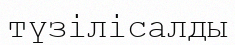
түзілісалды